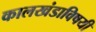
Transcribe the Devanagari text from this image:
कालखंडाविषयी